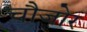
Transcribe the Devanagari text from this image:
चौजोर